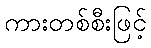
ကားတစ်စီးဖြင့်